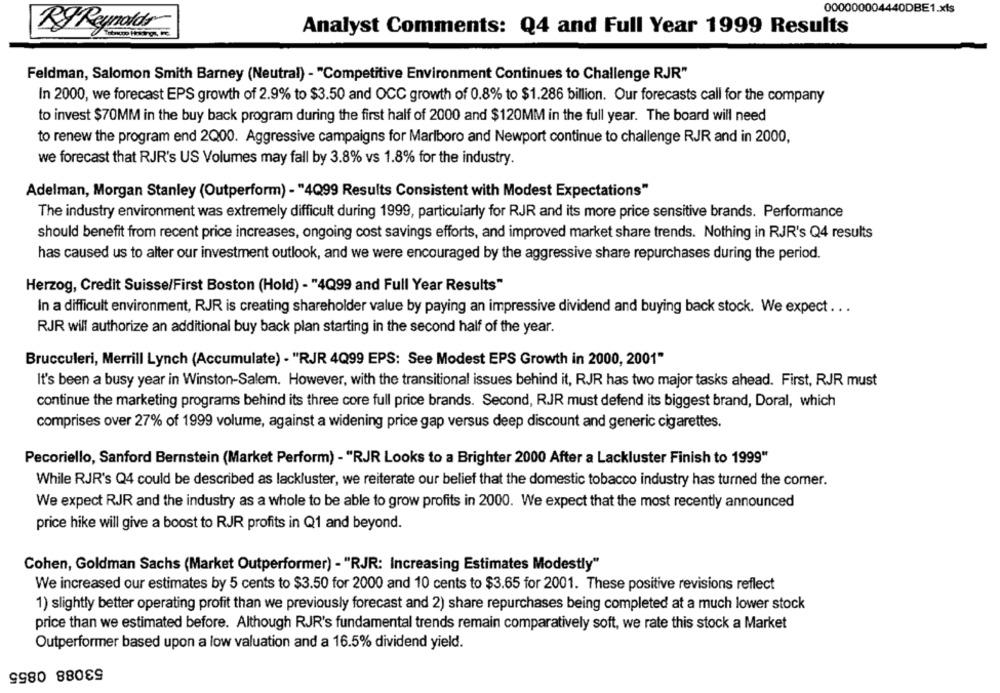
000000004440DBE1.xls
Analyst Comments: Q4 and Full Year 1999 Results
Ry Reynolds
Feldman, Salomon Smith Barney (Neutral) - "Competitive Environment Continues to Challenge RJR"
In 2000, we forecast EPS growth of 2.9% to $3.50 and OCC growth of 0.8% to $1.286 billion. Our forecasts call for the company
to invest $70MM in the buy back program during the first half of 2000 and $120MM in the full year. The board will need
to renew the program end 2Q00. Aggressive campaigns for Marlboro and Newport continue to challenge RJR and in 2000,
we forecast that RJR's US Volumes may fall by 3.8% vs 1.8% for the industry.
Adelman, Morgan Stanley (Outperform) - "4Q99 Results Consistent with Modest Expectations"
The industry environment was extremely difficult during 1999, particularly for RJR and its more price sensitive brands. Performance
should benefit from recent price increases, ongoing cost savings efforts, and improved market share trends. Nothing in RJR's Q4 results
has caused us to alter our investment outlook, and we were encouraged by the aggressive share repurchases during the period.
Herzog, Credit Suisse/First Boston (Hold) - "4Q99 and Full Year Results"
In a difficult environment, RJR is creating shareholder value by paying an impressive dividend and buying back stock. We expect ...
RJR will authorize an additional buy back plan starting in the second half of the year.
Brucculeri, Merrill Lynch (Accumulate) - "RJR 4Q99 EPS: See Modest EPS Growth in 2000, 2001"
It's been a busy year in Winston-Salem. However, with the transitional issues behind it, RJR has two major tasks ahead. First, RJR must
continue the marketing programs behind its three core full price brands. Second, RJR must defend its biggest brand, Doral, which
comprises over 27% of 1999 volume, against a widening price gap versus deep discount and generic cigarettes.
Pecoriello, Sanford Bernstein (Market Perform) - "RJR Looks to a Brighter 2000 After a Lackluster Finish to 1999"
While RJR's Q4 could be described as lackluster, we reiterate our belief that the domestic tobacco industry has turned the comer.
We expect RJR and the industry as a whole to be able to grow profits in 2000. We expect that the most recently announced
price hike will give a boost to RJR profits in Q1 and beyond.
Cohen, Goldman Sachs (Market Outperformer) - "RJR: Increasing Estimates Modestly"
We increased our estimates by 5 cents to $3.50 for 2000 and 10 cents to $3.65 for 2001. These positive revisions reflect
1) slightly better operating profit than we previously forecast and 2) share repurchases being completed at a much lower stock
price than we estimated before. Although RJR's fundamental trends remain comparatively soft, we rate this stock a Market
Outperformer based upon a low valuation and a 16.5% dividend yield.
53088 0855